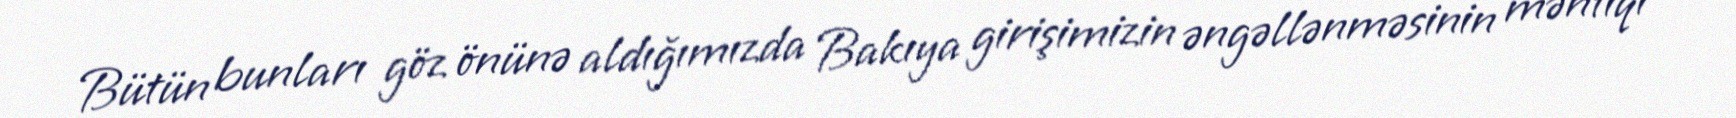
Bütün bunları göz önünə aldığımızda Bakıya girişimizin əngəllənməsinin məntiqi